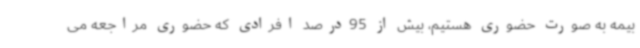
بیمه به صورت حضوری هستیم، بیش از 95درصد افرادی که حضوری مراجعه می